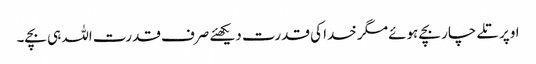
اوپر تلے چار بچے ہوئے مگر خدا کی قدرت دیکھئے صرف قدرت اللہ ہی بچے۔